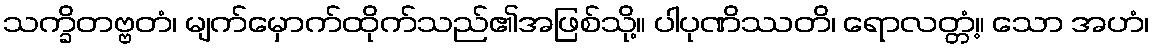
သက္ခိတဗ္ဗတံ၊ မျက်မှောက်ထိုက်သည်၏အဖြစ်သို့။ ပါပုဏိဿတိ၊ ရောလတ္တံ့။ သော အဟံ၊